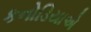
કનોડિયાએ